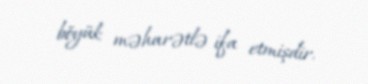
böyük məharətlə ifa etmişdir.